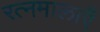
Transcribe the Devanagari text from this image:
रत्नमालाएँ